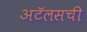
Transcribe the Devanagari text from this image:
अटॅलसची